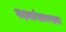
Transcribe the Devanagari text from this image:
पक्ष्यांसारख्या